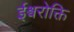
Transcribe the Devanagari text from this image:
ईश्वरोक्ति